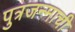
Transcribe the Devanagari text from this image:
पुत्रजन्माची